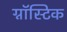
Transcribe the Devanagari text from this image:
ग्नॉस्टिक